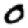
Digit: 0